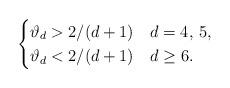
LaTeX: \begin{align*} \begin{cases} \vartheta_d > 2/(d+1) & d=4,\, 5,\\ \vartheta_d < 2/(d+1) & d\geq 6.\end{cases} \end{align*}